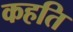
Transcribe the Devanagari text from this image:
कहति